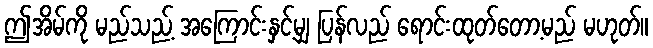
ဤအိမ်ကို မည်သည့် အကြောင်းနှင့်မျှ ပြန်လည် ရောင်းထုတ်တော့မည် မဟုတ်။